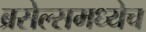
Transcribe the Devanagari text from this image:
ब्रसेल्समध्येच